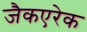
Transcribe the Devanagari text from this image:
जैकएरेक